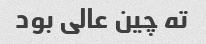
ته چین عالی بود